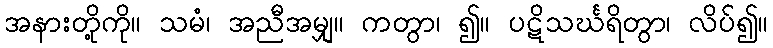
အနားတို့ကို။ သမံ၊ အညီအမျှ။ ကတွာ၊ ၍။ ပဋိသင်္ဃရိတွာ၊ လိပ်၍။